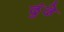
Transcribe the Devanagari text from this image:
ढुंढे